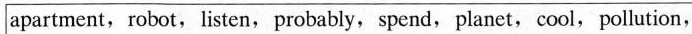
apartment, robot, listen, probably, spend, planet, cool, pollution,